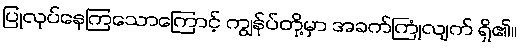
ပြုလုပ်နေကြသောကြောင့် ကျွန်ုပ်တို့မှာ အခက်ကြုံလျက် ရှိ၏။